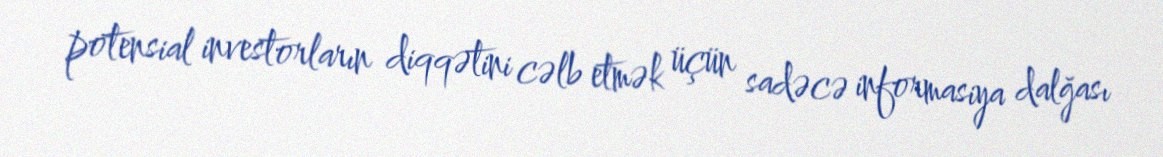
potensial investorların diqqətini cəlb etmək üçün sadəcə informasiya dalğası